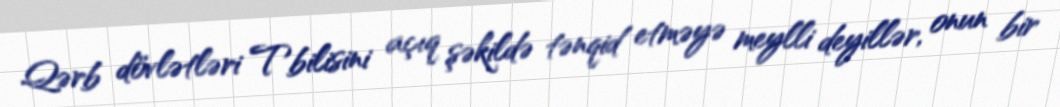
Qərb dövlətləri Tbilisini açıq şəkildə tənqid etməyə meylli deyillər, onun bir